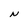
Character: N